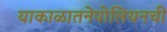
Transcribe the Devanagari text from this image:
याकाळातनेपोलियनची